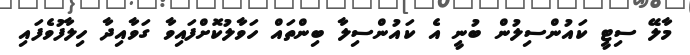
މާލޭ ސިޓީ ކައުންސިލުން ބުނީ އެ ކައުންސިލާ ބިންތައް ހަވާލުކޮށްފައިވާ ގަވާއިދާ ހިލާފުވެފައި